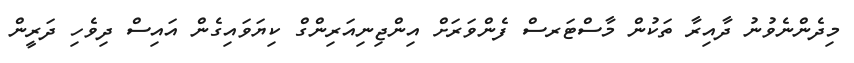
މިދެންނެވުނު ދާއިރާ ތަކުން މާސްޓަރސް ފެންވަރަށް އިންޖިނިއަރިންގް ކިޔަވައިގެން އައިސް ދިވެހި ދަރީން